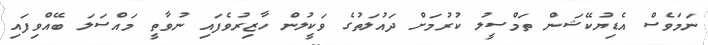
ނަމަވެސް އެޑިޔުކޭޝަން ތަމްސީލު ކުރުމަށް ދައުލަތުގެ ވަކީލުން ހާޒިރުވެފައި ނުވާތީ މައްސަލަ ބޭއްވިފައި